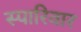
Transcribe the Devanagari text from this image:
स्पारिवार